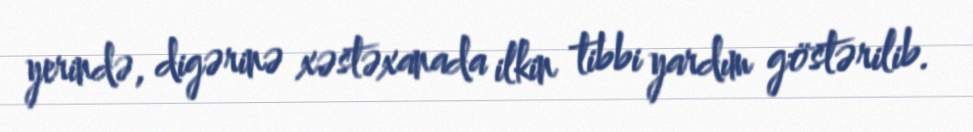
yerində, digərinə xəstəxanada ilkin tibbi yardım göstərilib.